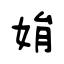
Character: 姢